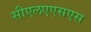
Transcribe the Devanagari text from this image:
सीएलएएसएस